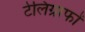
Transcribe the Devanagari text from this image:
टेलिग्राफों